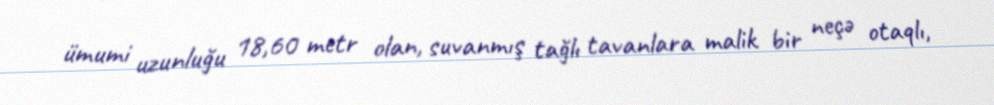
ümumi uzunluğu 18,60 metr olan, suvanmış tağlı tavanlara malik bir neçə otaqlı,